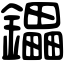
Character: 鑘